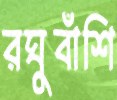
রঘুবাঁশি